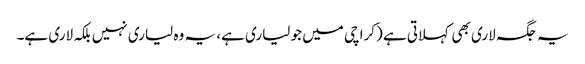
یہ جگہ لاری بھی کہلاتی ہے (کراچی میں جو لیاری ہے، یہ وہ لیاری نہیں بلکہ لاری ہے۔